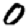
Digit: 0